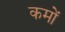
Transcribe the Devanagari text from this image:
कमों